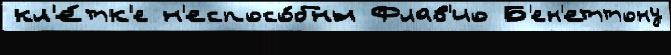
кл'е́тк'е н'еспосо́бны Флав'ио Б'ен'еттону